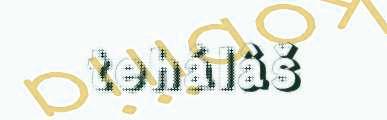
tehálâš